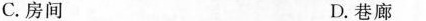
C.房间 D.巷廊